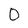
Character: 0